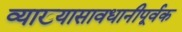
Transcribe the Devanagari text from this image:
व्याख्यासावधानीपूर्वक